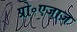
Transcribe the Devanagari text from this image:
प्रो॰एजाज़